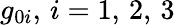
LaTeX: g_{0i},\, i=1,\, 2,\, 3